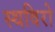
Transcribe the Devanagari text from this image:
स्थविरो